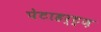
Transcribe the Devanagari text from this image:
पेटाहर्ट्ज़